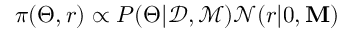
\pi ( \Theta , r ) \propto P ( \Theta | \mathcal { D } , \mathcal { M } ) \mathcal { N } ( r | 0 , \mathbf { M } )